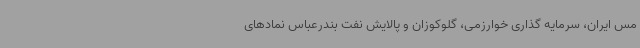
مس ایران، سرمایه گذاری خوارزمی، گلوکوزان و پالایش نفت بندرعباس نمادهای